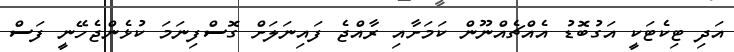
އަދި ޓިކެޓަކީ އަގުބޮޑު އެއްޗެއްނޫން ކަމަށާއި ރާއްޖެ ފައިނަލަށް ގޮސްފިނަމަ ކުޅެންޖެހޭނީ ފަސް